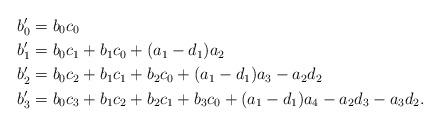
LaTeX: \begin{align*}b'_0 &= b_0c_0 \\b'_1 &= b_0c_1+b_1c_0+(a_1-d_1)a_2 \\b'_2 &= b_0c_2+b_1c_1+b_2c_0+(a_1-d_1)a_3-a_2d_2 \\b'_3 &= b_0c_3+b_1c_2+b_2c_1+b_3c_0+(a_1-d_1)a_4-a_2d_3-a_3d_2. \\\end{align*}